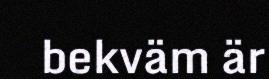
bekväm är